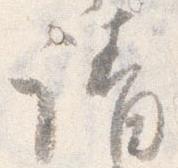
請